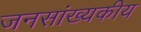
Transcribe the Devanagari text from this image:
जनसांख्यकीय